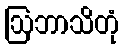
ဩဘာသိတုံ